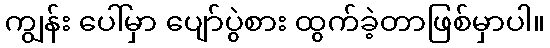
ကျွန်း ပေါ်မှာ ပျော်ပွဲစား ထွက်ခဲ့တာဖြစ်မှာပါ။